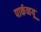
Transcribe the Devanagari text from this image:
पार्कव्हयू